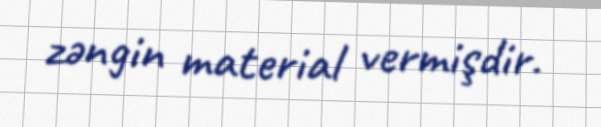
zəngin material vermişdir.